Vaccination in Bombay 1869-1873 - 1869-1873
Year: 1869
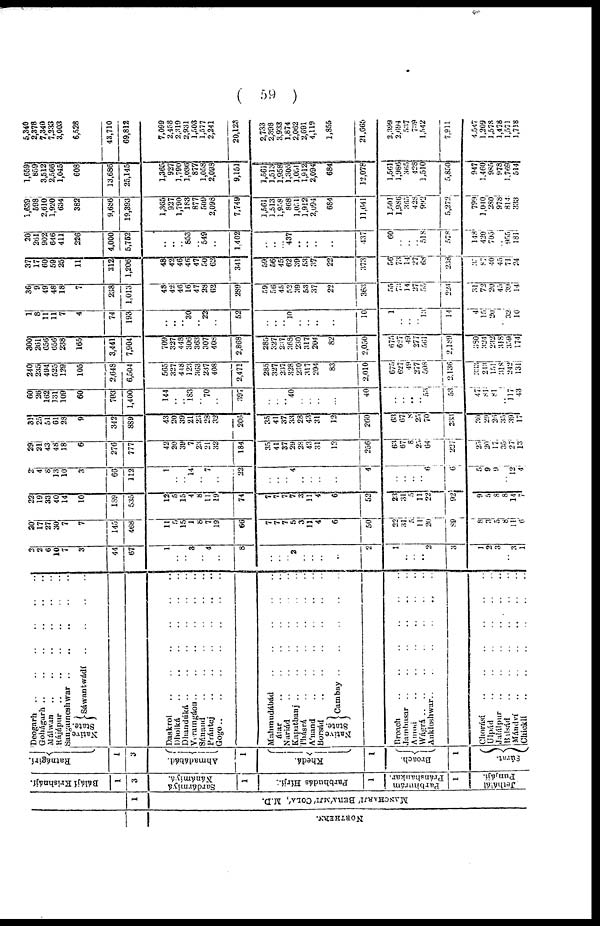
(
59)
NORTHERN.
1
MANCHARJÍ BERÁMJÍ COLÁ, M.D.
Bálájí Krishnájí.
3
Sardármiyá
Nánámiyá.
Parbhudás Hírjí.
Parbhurárn
Pránshankar.
Jethálál
Punjáji.
Ratnágirí.
3
Ahmadábád.
Khedá.
Broach.
Súrat.
Deogarh
..
..
..
..
..
..
Gohágarh .. .. .. .. ..
Málwan
..
..
..
..
..
Rájápur
..
..
..
..
..
..
Sangameshwar .. .. .. ..
Native
State.
Sáwantwádí
..
..
..
..
Daskroí
..
..
..
..
..
..
..
Dholká
..
..
..
..
..
..
Dhandúká
..
..
..
..
..
Voramgáon
..
..
..
..
..
Sánand
..
..
..
..
..
Prántej
..
..
..
..
..
Gogo
..
..
..
..
..
Mahmudábád .. .. .. ..
átar
..
..
..
..
..
Nariád
..
..
..
..
Kapatbanj
..
..
..
..
..
Thásrá .. .. .. .. ..
Ánand
..
..
..
..
..
Borsád
..
..
..
..
..
Native
State.
Cambay
..
..
..
..
Broach .. .. .. .. ..
Jambusar .. .. .. .. ..
Arnod .. .. .. .. ..
Wásrá
..
..
..
..
..
Ankleshwar
..
..
..
..
..
Chorásí
..
..
..
..
..
Ulpád
..
..
..
..
..
Jalálpur .. .. .. .. ..
Balsád
..
..
..
..
..
Mándví
..
..
..
..
..
Chicklí
..
..
..
..
..
2
2
6
10
7
3
44
67
1
..
..
3
..
4
..
8
..
..
..
2
..
..
..
..
2
1
..
..
..
2
3
1
2
3
..
3
1
20
17
27
30
7
7
145
468
11
5
15
1
8
7
19
66
7
7
7
5
3
11
4
6
50
22
31
5
11
20
89
8
3
5 8
11
6
22
19
33
40
14
10
189
535
12
5
15
4 8
11
19
74
7
7
7
7
3
11
4
6
52
23
31
5
11
22
92
9
5
8
8
14
7
2
4
8
13
10
3
66
112
1
..
..
14
.. 7
..
22
..
..
..
4
..
..
..
..
4
..
..
..
..
6
6
5
9
9
..
12
4
29
21
43
48
18
6
276
777
42
20
39
7
23
21
32
184
35
41
37
29
28
43
31
12
256
63
67
8
23
64
227
23
20
17
35
27
13
31
25
51
61
28
9
342
889
43
20
39
21
23
28
32
206
35
41
37
33
28
43
31
12
260
63
67
8
23
70
233
30
29
26
35
39
17
60
26
162
131
109
60
703
1,400
144
..
..
183
..
70
..
397
..
..
..
40
..
..
..
..
40
..
..
..
..
53
53
47
81
81
..
117
43
240
235
494
525
129
105
2,648
6,504
565
327
448
123
363
237
408
2,471
285
327
237
328
230
317
204
83
2,010
675
627
49
277
508
2,136
333
243
151
318
242
131
300
261
656
656
238
165
3,441
7,904
709
327
448
306
363
307
408
2,868
285
327
237
368
230
317
204
82
2,050
675
627
19
277
561
2,189
380
324
232
318
359
174
1
8
11
11
7
4
74
193
..
..
..
30
..
22
..
52
..
..
..
10
..
..
..
..
10
1
..
..
..
13
14
4
15
20
..
32
10
36
9
49
48
18
7
238
1,013
48
42
46
16
47
28
62
289
59
56
45
52
39
53
37
22
363
55
..
14
27
5 5
224
31
72
20
45
39
14
37
17
60
59
25
11
312
1,206
48
42
46
46
47
50
62
341
59
56
45
62
39
53
37
22
373
56
73
14
27
68
238
35
87
40
45
71
24
20
261
902
646
411
226
4,000
5,752
..
..
..
853
..
549
..
1,402
..
..
..
437
..
..
..
..
437
60
..
..
..
518
578
148
420
705
..
955
181
1,639
598
2,610
1,920
634
382
9,686
19,393
1,365
927
1,790
183
877
509
2,098
7,749
1,561
1,513
1,958
868
1,051
1,912
2,094
684
11,641
1,501
1,986
365
428
992
5,272
799
1,040
280
978
814
333
1,659
859
3,512
2,566
1,045
608
13,686
25,145
1,365
927
1,790
1,036
877
1,058
2,098
9,151
1,561
1,513
1,958
1,305
1,051
1,912
2,094
684
12,078
1,561
1,986
365
428
1,510
5,850
947
1,460
985
978
1,769
514
5,340
2,378
7,340
7,233
3,003
6,528
43,710
69,812
7,099
2,458
2,319
2,931
1,503
1,577
2,241
20,128
2,733
2,398
3,933
1,874
2,062
2,691
4,119
1,855
21,665
2,399
2,694
537
739
1,542
7,911
4,547
1,209
1,578
1,478
1,571
1,718